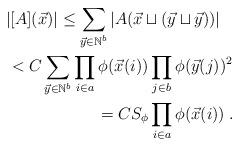
LaTeX: \begin{align*}\begin{multlined}|[A](\vec{x})| \leq \sum_{\vec{y}\in \mathbb{N}^b} |A(\vec{x}\sqcup (\vec{y} \sqcup\vec{y}))|\\<C \sum_{\vec{y}\in \mathbb{N}^b} \prod_{i\in a} \phi(\vec{x}(i)) \prod_{j\in b} \phi(\vec{y}(j))^2\\=C S_\phi \prod_{i\in a} \phi(\vec{x}(i))\;.\end{multlined}\end{align*}